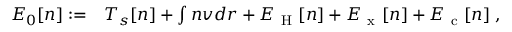
\begin{array} { r l } { E _ { 0 } [ n ] : = } & { { } T _ { s } [ n ] + \int n v d \boldsymbol { r } + E _ { \mathrm { ~ H ~ } } [ n ] + E _ { \mathrm { ~ x ~ } } [ n ] + E _ { \mathrm { ~ c ~ } } [ n ] \; , } \end{array}